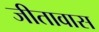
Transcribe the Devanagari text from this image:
जीतावास